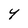
Character: Y